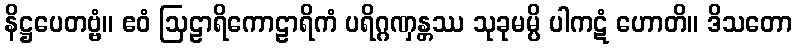
နိဋ္ဌပေတဗ္ဗံ။ ဧဝံ ဩဠာရိကောဠာရိကံ ပရိဂ္ဂဏှန္တဿ သုခုမမ္ပိ ပါကဋံ ဟောတိ။ ဒိသတော